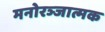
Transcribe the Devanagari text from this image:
मनोरञ्जात्मक